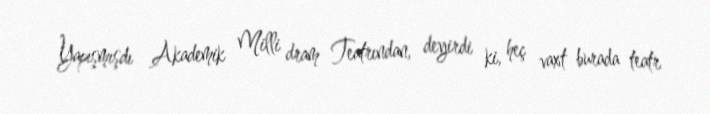
Yapışmışdı Akademik Milli dram Teatrından, deyirdi ki, heç vaxt burada teatr